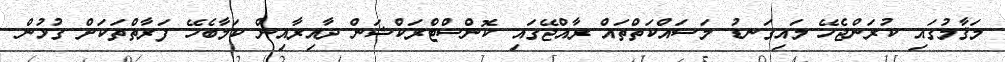
މަޤާމުގައި ކުރަންޖެހޭ މައިގަނޑު މަސައްކަތްތައް ރާއްޖޭގައި ކޮންސްޓްރަކްޝަން ދާއިރާއިން ކަމާބެހޭ ފަރާތްތަކަށް ގުޅުން